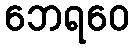
ဘေရဝေ